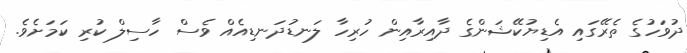
ދުވަހުގެ ތެރޭގައި އެޑިޔުކޭޝަންގެ ދާއިރާއިން ހުރިހާ ލަނޑުދަނޑިއެއް ވެސް ހާސިލް ކުރި ކަމަށެވެ.